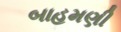
બાહમણી